Annual report of the Punjab Veterinary College and of the Civil Veterinary Department, Punjab - 1920-1925
Year: 1920
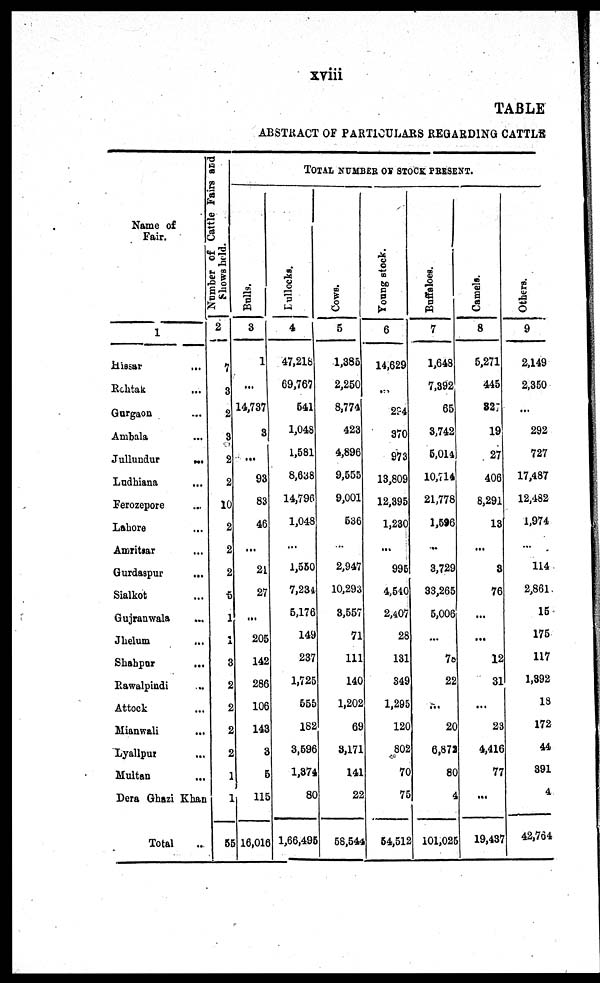
xviii
TABLE
ABSTRACT O F PARTICULARS REGARDING CATTLE
Name of
Fair.
1
Hi ssar ...
Rohtak ...
Gurgaoa ...
Ambal a ...
Jullundur ...
Ludhi ana ...
Ferozepore ...
Lahore ...
Amri tsar ...
Gurdaspur ...
Si al kot ...
Gujranwal a ...
Jhel um ...
Shabpur
...
Rawal pi ndi ...
Attock ...
Mi anwal i ...
Lyal l pur ...
Mul tan ...
Dera Ghazi Khan
Total ..
Number of Cattle Fairs and
Shows held.
2
7
3
2
3
2
2
10
2
2
2
5
1
3
2
2
2
2
1
1
55
TOTAL NUMBER OF STOCK PRES
Bulls.
3
1
...
14, 737
3
...
93
83
46
...
21
27
...
205
142
286
106
143
3
5
115
16,016
Lullocks.
4
47, 218
69, 767
541
1, 048
1, 581
8, 638
14, 796
1, 048
...
1, 550
7, 234
5, 176
149
237
1, 725
555
182
3, 596
1, 374
80
1, 66, 495
Cows.
5
1, 385
2, 250
8, 774
423
4, 896
9, 555
9, 001
536
...
2, 947
10, 293
8, 557
71
111
140
1, 202
69
3, 171
141
22
58, 544
Young stock.
6
14, 629
...
234
370
973
13, 809
12, 395
1, 230
...
995
4, 540
2, 407
28
131
349
1, 295
120
802
70
75
54, 512
Buffaloes.
7
1, 648
7, 392
65
3, 742
5, 014
10, 714
21, 778
1, 596
...
3, 729
33, 265
5, 006
...
70
22
...
20
6, 872
80
4
101, 025
Camels.
8
5, 271
445
827
19
27
406
8, 291
13
...
3
76
...
...
12
31
...
23
4, 416
77
...
19, 437
Others.
9
2, 149
2, 350
...
292
727
17, 487
12, 482
1, 974
...
114
2, 861
15
175
117
1, 392
13
172
44
391
4
42, 764